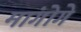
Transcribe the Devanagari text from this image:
मांगोगे